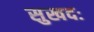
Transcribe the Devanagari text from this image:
सुखदः